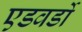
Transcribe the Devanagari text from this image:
एडवर्डो